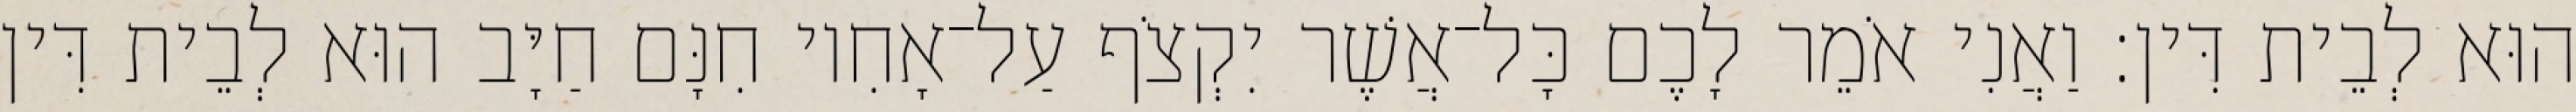
הוּא לְבֵית דִּין׃ וַאֲנִי אֹמֵר לָכֶם כָּל־אֲשֶׁר יִקְצֹף עַל־אָחִיו חִנָּם חַיָּב הוּא לְבֵית דִּין